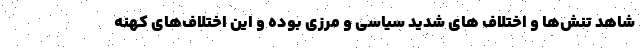
شاهد تنش‌ها و اختلاف های شدید سیاسی و مرزی بوده و این اختلاف‌های کهنه